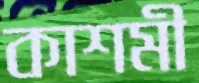
কাশমী